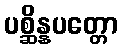
ပစ္ဆိန္နပတ္တော